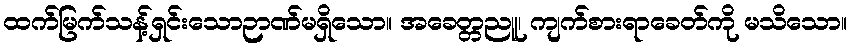
ထက်မြက်သန့်ရှင်းသောဉာဏ်မရှိသော။ အခေတ္တညူ၊ ကျက်စားရာခေတ်ကို မသိသော။